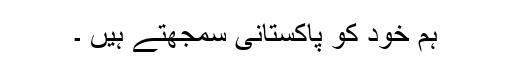
ہم خود کو پاکستانی سمجھتے ہیں ۔